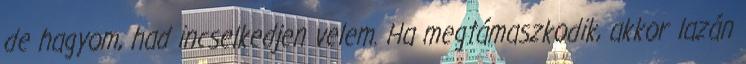
de hagyom, had incselkedjen velem. Ha megtámaszkodik, akkor lazán